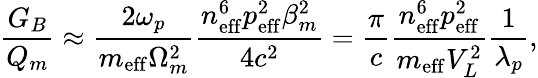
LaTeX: \frac{G_{B}}{Q_{m}}\approx\frac{2\omega_{p}}{m_{\mathrm{eff}}\Omega_{m}^{2}}\frac{n_{\mathrm{eff}}^{6}p_{\mathrm{eff}}^{2}\beta_{m}^{2}}{4c^{2}}=\frac{\pi}{c}\frac{n_{\mathrm{eff}}^{6}p_{\mathrm{eff}}^{2}}{m_{\mathrm{eff}}V_{L}^{2}}\frac{1}{\lambda_{p}},